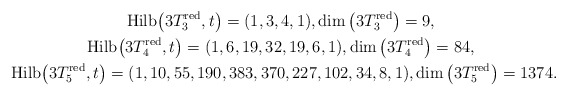
\begin{gather*}{\rm Hilb}\big(3T_3^{\rm red},t\big)=(1,3,4,1), \dim \big(3T_3^{\rm red}\big) =9,\\{\rm Hilb}\big(3T_4^{\rm red},t\big)=(1,6,19,32,19,6,1),\dim \big(3T_4^{\rm red}\big)=84, \\{\rm Hilb}\big(3T_5^{\rm red},t\big)=(1,10,55,190,383,370,227,102,34,8,1), \dim\big(3T_5^{\rm red}\big)=1374.\end{gather*}